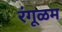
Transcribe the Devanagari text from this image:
रंगूळम